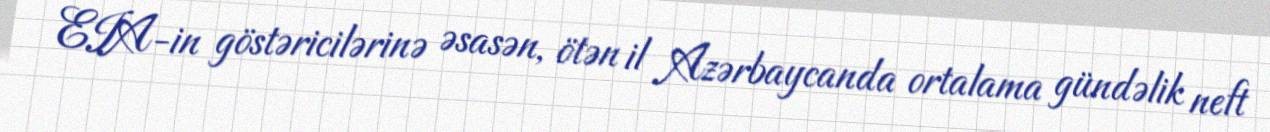
EIA-in göstəricilərinə əsasən, ötən il Azərbaycanda ortalama gündəlik neft